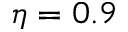
\eta = 0 . 9